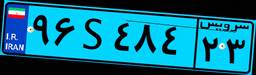
۰۶S۶۷۷۵۴